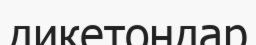
дикетондар